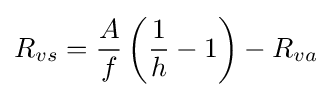
R_{vs}={\frac {A}{f}}\left({\frac {1}{h}}-1\right)-R_{va}